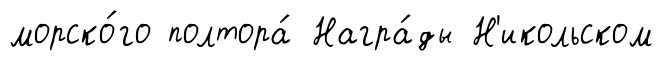
морско́го полтора́ Награ́ды Н'икольском